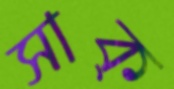
সাক্